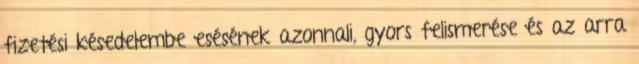
fizetési késedelembe esésének azonnali, gyors felismerése és az arra